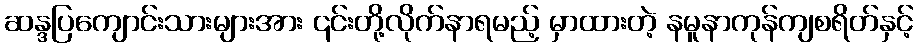
ဆန္ဒပြကျောင်းသားများအား ၎င်းတို့လိုက်နာရမည့် မှာထားတဲ့ နမူနာကုန်ကျစရိတ်နှင့်